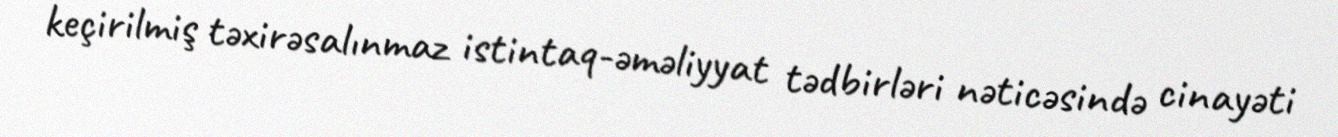
keçirilmiş təxirəsalınmaz istintaq-əməliyyat tədbirləri nəticəsində cinayəti